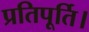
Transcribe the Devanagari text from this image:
प्रतिपूर्ति।